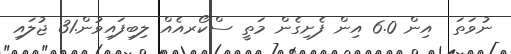
ނުވަތަ  އިން 6.0 އިން ފެށިގެން މަތީ ސްކޯރއެއް ލިބިފައިވުން.31 ޖުލައި